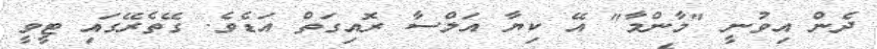
ދެން އިވުނީ "މާންމާ" އޭ ކިޔާ އަލްސާ ރޮއިގަތް އަޑެވެ. ގޭތެރޭގައި ޓީވީ